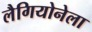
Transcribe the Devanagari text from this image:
लैगियोनेला